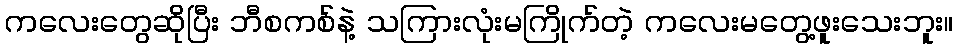
ကလေးတွေဆိုပြီး ဘီစကစ်နဲ့ သကြားလုံးမကြိုက်တဲ့ ကလေးမတွေ့ဖူးသေးဘူး။